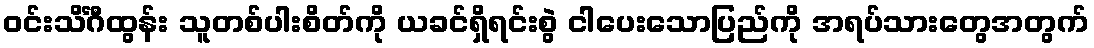
ဝင်းသိင်္ဂီထွန်း သူတစ်ပါးစိတ်ကို ယခင်ရှိရင်းစွဲ ငါပေးသောပြည်ကို အရပ်သားတွေအတွက်